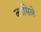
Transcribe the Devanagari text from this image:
कासिले